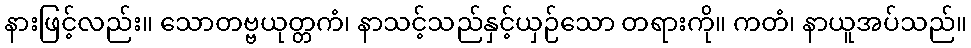
နားဖြင့်လည်း။ သောတဗ္ဗယုတ္တကံ၊ နာသင့်သည်နှင့်ယှဉ်သော တရားကို။ ကတံ၊ နာယူအပ်သည်။